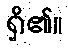
ရှိ၏။